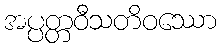
အပ္ပတ္တဝီသတိဝဿော